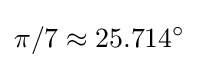
\pi /7\approx 25.714^{\circ }